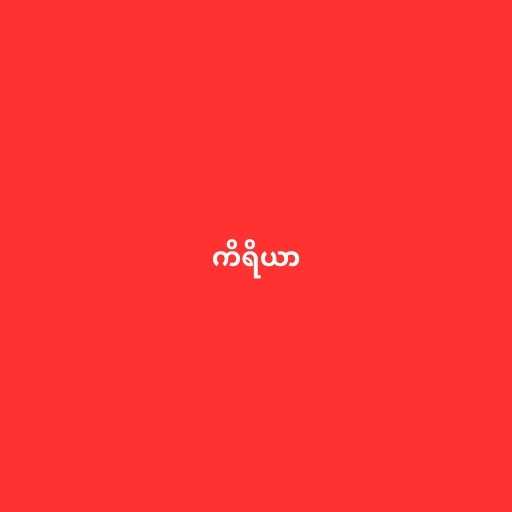
ကိရိယာ